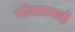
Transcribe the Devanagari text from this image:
गोगलगाई